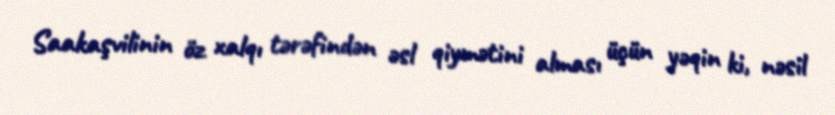
Saakaşvilinin öz xalqı tərəfindən əsl qiymətini alması üçün yəqin ki, nəsil